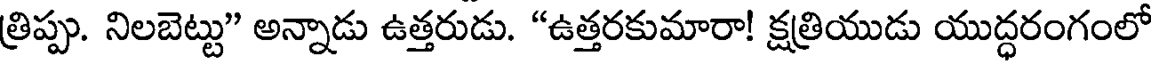
త్రిప్పు. నిలబెట్టు" అన్నాడు ఉత్తరుడు. "ఉత్తరకుమారా! క్షత్రియుడు యుద్ధరంగంలో